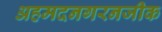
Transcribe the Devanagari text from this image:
अहमदनगरनजीक